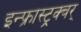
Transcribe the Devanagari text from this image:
इन्फ्रास्ट्रक्चर्